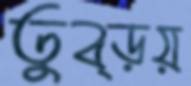
তুব্‌ড়য়